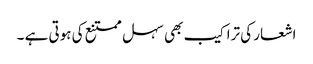
اشعار کی تراکیب بھی سہل ممتنع کی ہوتی ہے ۔